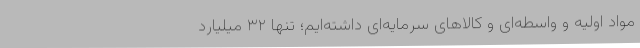
مواد اولیه و واسطه‌ای و کالاهای سرمایه‌ای داشته‌ایم؛ تنها ۳۲ میلیارد